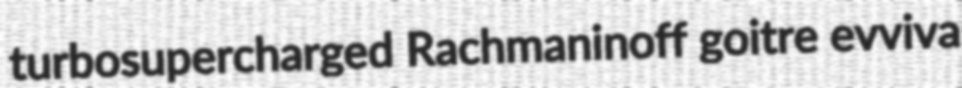
turbosupercharged Rachmaninoff goitre evviva